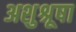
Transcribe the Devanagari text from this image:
अशुश्रूषा